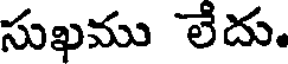
సుఖము లేదు.